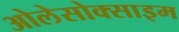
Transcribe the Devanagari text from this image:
ओलेसोक्साइम